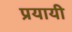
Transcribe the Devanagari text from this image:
प्रयायी